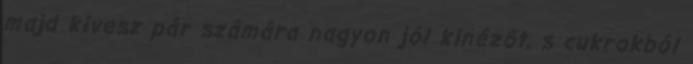
majd kivesz pár számára nagyon jól kinézőt, s cukrokból